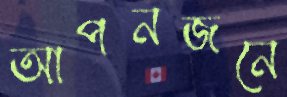
আপনজনে